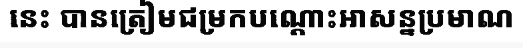
នេះ បានត្រៀមជម្រកបណ្តោះអាសន្នប្រមាណ